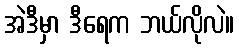
အဲဒီမှာ ဒီရေက ဘယ်လိုလဲ။